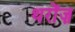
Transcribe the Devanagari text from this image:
थरोंज़